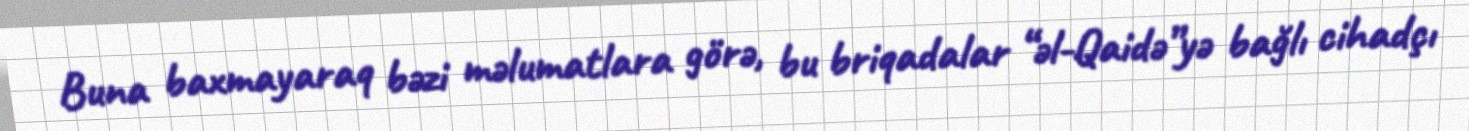
Buna baxmayaraq bəzi məlumatlara görə, bu briqadalar “əl-Qaidə”yə bağlı cihadçı